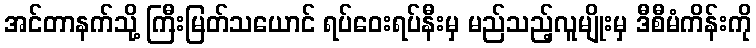
အင်တာနက်သို့ ကြီးမြတ်သယောင် ရပ်ဝေးရပ်နီးမှ မည်သည့်လူမျိုးမှ ဒီစီမံကိန်းကို